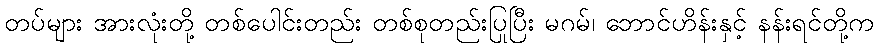
တပ်များ အားလုံးတို့ တစ်ပေါင်းတည်း တစ်စုတည်းပြုပြီး မဂမ်၊ ဘောင်ဟိန်းနှင့် နန်းရင်တို့က